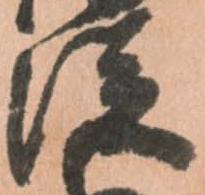
従